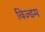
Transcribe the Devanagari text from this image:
विज्डम